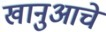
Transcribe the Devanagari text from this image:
खानुआचे